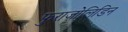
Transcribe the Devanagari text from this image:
फुराजोलिडिन